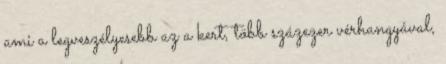
ami a legveszélyesebb az a kert, több százezer vérhangyával,